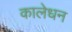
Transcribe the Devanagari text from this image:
कालेधन